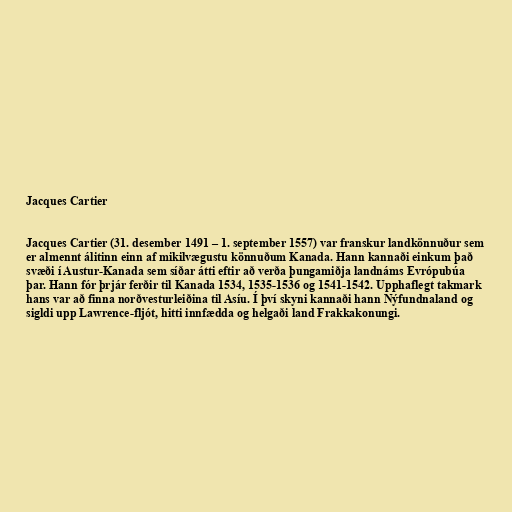
Jacques Cartier

Jacques Cartier (31. desember 1491 – 1. september 1557) var franskur landkönnuður sem
er almennt álitinn einn af mikilvægustu könnuðum Kanada. Hann kannaði einkum það
svæði í Austur-Kanada sem síðar átti eftir að verða þungamiðja landnáms Evrópubúa
þar. Hann fór þrjár ferðir til Kanada 1534, 1535-1536 og 1541-1542. Upphaflegt takmark
hans var að finna norðvesturleiðina til Asíu. Í því skyni kannaði hann Nýfundnaland og
sigldi upp Lawrence-fljót, hitti innfædda og helgaði land Frakkakonungi.